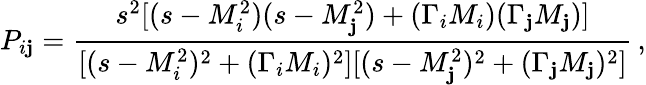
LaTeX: P_{i\mathbf{j}}={\frac{{s^{2}[(s-M_{i}^{2})(s-M_{\mathbf{j}}^{2})+(\Gamma_{i}M_{i})(\Gamma_{\mathbf{j}}M_{\mathbf{j}})]}}{{[(s-M_{i}^{2})^{2}+(\Gamma_{i}M_{i})^{2}][(s-M_{\mathbf{j}}^{2})^{2}+(\Gamma_{\mathbf{j}}M_{\mathbf{j}})^{2}]}}}\, ,